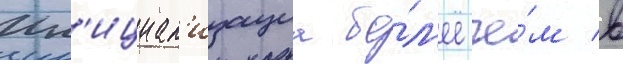
Ин'ициал'изациа бо́л'ее че́м в